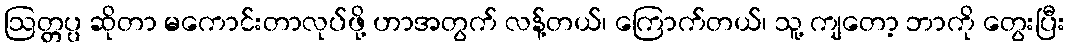
ဩတ္တပ္ပ ဆိုတာ မကောင်းတာလုပ်ဖို့ ဟာအတွက် လန့်တယ်၊ ကြောက်တယ်၊ သူ့ ကျတော့ ဘာကို တွေးပြီး